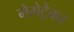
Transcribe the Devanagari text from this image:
मेमेट्रैकर